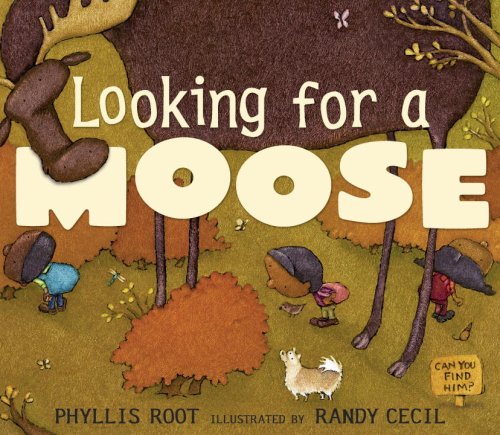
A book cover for Looking for a Moose; Phyllis Root; Children's Books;